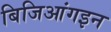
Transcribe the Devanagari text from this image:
बिजिआंगइन